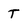
Character: T